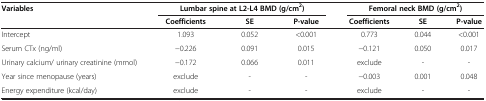
| Variables | <COLSPAN=3> Lumbar spine at L2-L4 BMD (g/cm2) | <COLSPAN=3> Femoral neck BMD (g/cm2) |
 |  | Coefficients | SE | P-value | Coefficients | SE | P-value |
 | --- | --- | --- | --- | --- | --- | --- |
 | Intercept | 1.093 | 0.052 | <0.001 | 0.773 | 0.044 | <0.001 |
 | Serum CTx (ng/ml) | −0.226 | 0.091 | 0.015 | −0.121 | 0.050 | 0.017 |
 | Urinary calcium/ urinary creatinine (mmol) | −0.172 | 0.066 | 0.011 | exclude | - | - |
 | Year since menopause (years) | exclude | - | - | −0.003 | 0.001 | 0.048 |
 | Energy expenditure (kcal/day) | exclude | - | - | exclude | - | - |